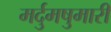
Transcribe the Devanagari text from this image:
मर्दुमषुमारी